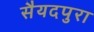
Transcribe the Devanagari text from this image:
सैयदपुरा